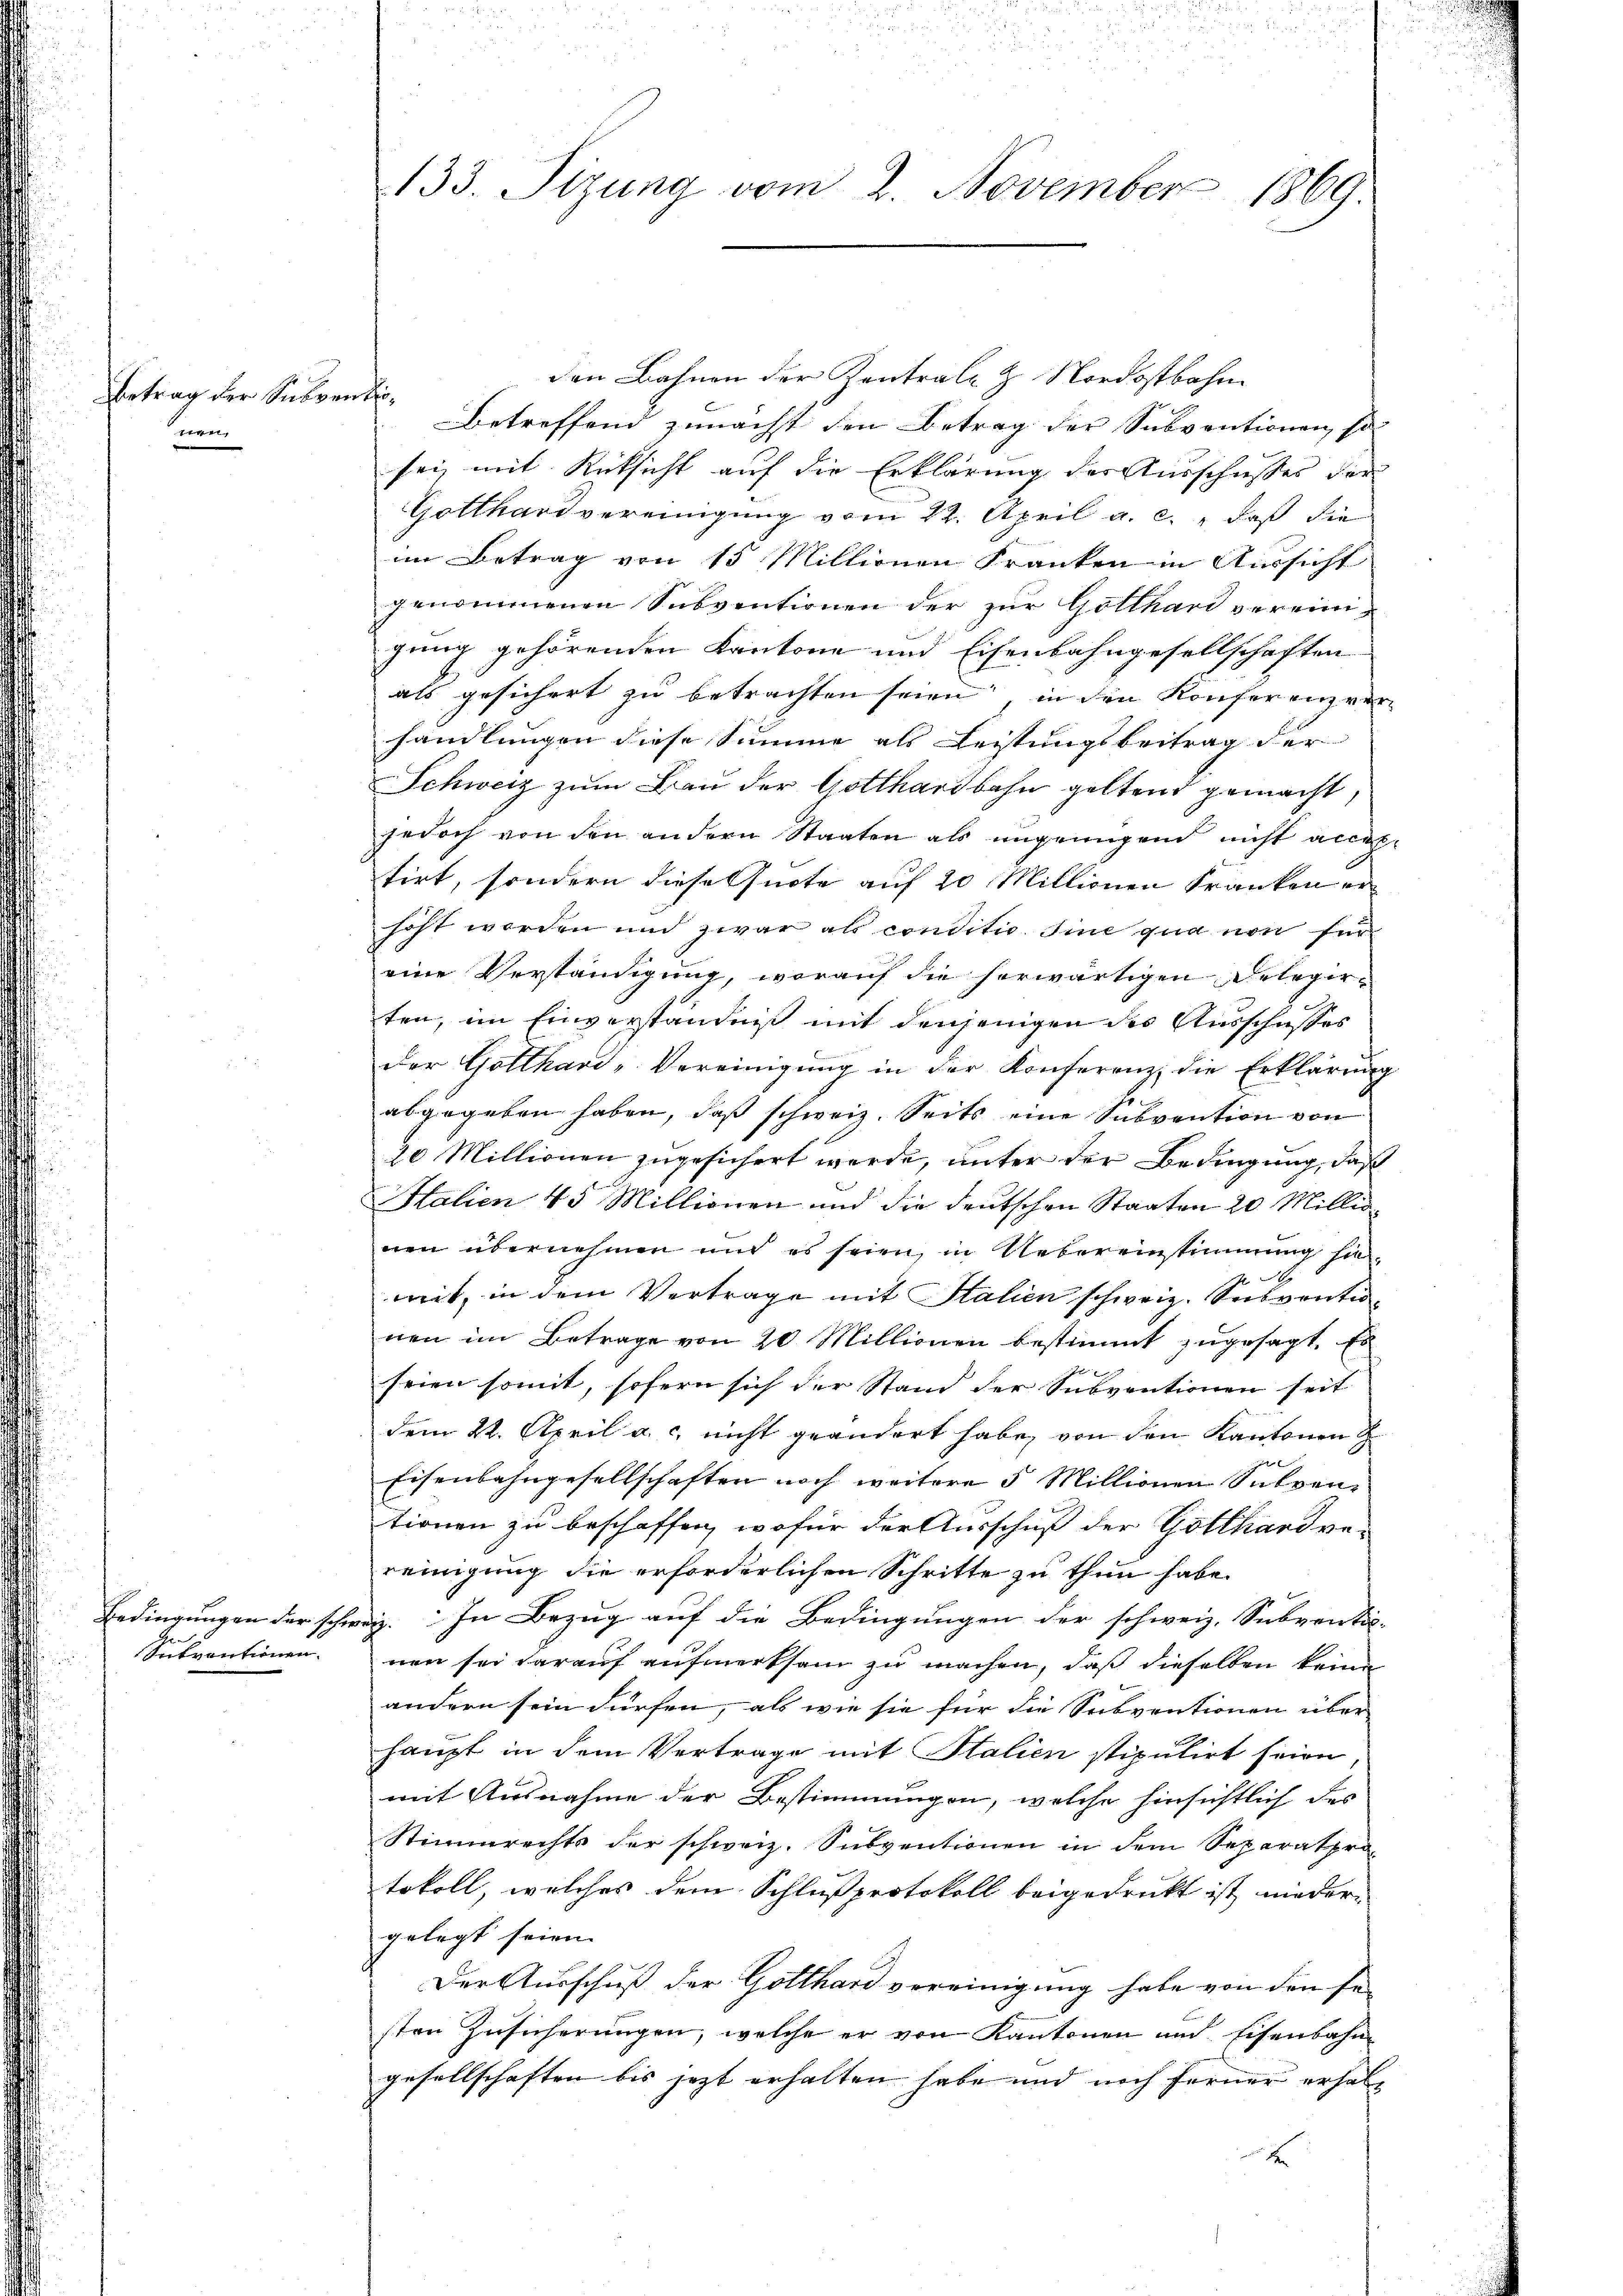
Betrag der Subventinen

Bedingungen der schr
Subventionen.

133. Sizung vom 2. November 1869.

den Bahnen der Zentrale z. Nordostbahn
Betreffend zunächst den Betrag der Subventionen, so
sei, mit Rücksicht auf die Erklärung der Ausschusses der
Gotthard vereinigung vom 22. April a. c., daß die
im Betrag von 15 Millionen Franken in Aussicht
genommenen Subventionen der zur Gotthard vereinigung gehörenden Kantone und Eisenbahngesellschaften
als gesichert zu betrachten seien, in den Konferenz verhandlungen diese Summe als Leistungsbeitrag der
Schweiz zum Bau der Gotthardbahn geltend gemacht,
jedoch von den andern Staaten als ungenügend nicht accep
tirt, sondern diese Quote auf 20 Millionen Franken er
höft worden und zwar als conditio sine qua non für
eine Verständigung, worauf die herwärtigen Belegerten, im Einverständniß mit denjenigen des Ausschusses
der Gotthard-Vereinigung in der Konferenz, die Erklärung
abgegeben haben, daß schweiz. Seits eine Subvention von
20 Millionen zugesichert werde, unter der Bedingung, daß
Halien 45 Millionen und die deutschen Staaten 20 Millis
nen übernehmen und es seien, in Uebereinstimmung hiemit, in dem Vertrage mit Stalien schweiz. Subventionen im Betrage von 20 Millionen bestimmt zugesagt. Es
seien somit, sofern sich der Stand der Subventionen seit
dem 22. April a. c. nicht geändert habe, von den Kantonen
Eisenbahngesellschaften noch weitere 5 Millionen Subven-
tionen zu beschaffen, wofür der Ausschuß der Gollhardvereinigung die erforderlichen Schritte zu thun habe.
oi. In Bezug auf die Bedingungen der schweiz. Subventi-
nen sei darauf aufmerksam zu machen, daß dieselben keine
ändern sein dürfen, als wie sie für die Subventionen über
haupt in dem Vertrage mit Stalien stipulirt seien
mit Ausnahme der Bestimmungen, welche hinsichtlich des
Stimmrechts der schweiz. Subventionen in dem Separatprotokoll, welches dem Schlußprotokoll beigedruckt ist nieder-
gelegt seien.
Der Ausschuß der Gotthard vereinigung habe von den sei
sten Zusicherŭngen, welche er von Kantonen und Eisenbahn-
gesellschaften bis jezt erhalten habe und noch ferner erhalt